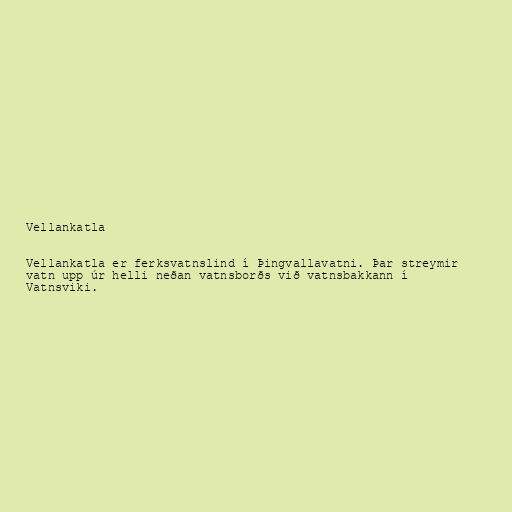
Vellankatla

Vellankatla er ferksvatnslind í Þingvallavatni. Þar streymir
vatn upp úr helli neðan vatnsborðs við vatnsbakkann í
Vatnsviki.